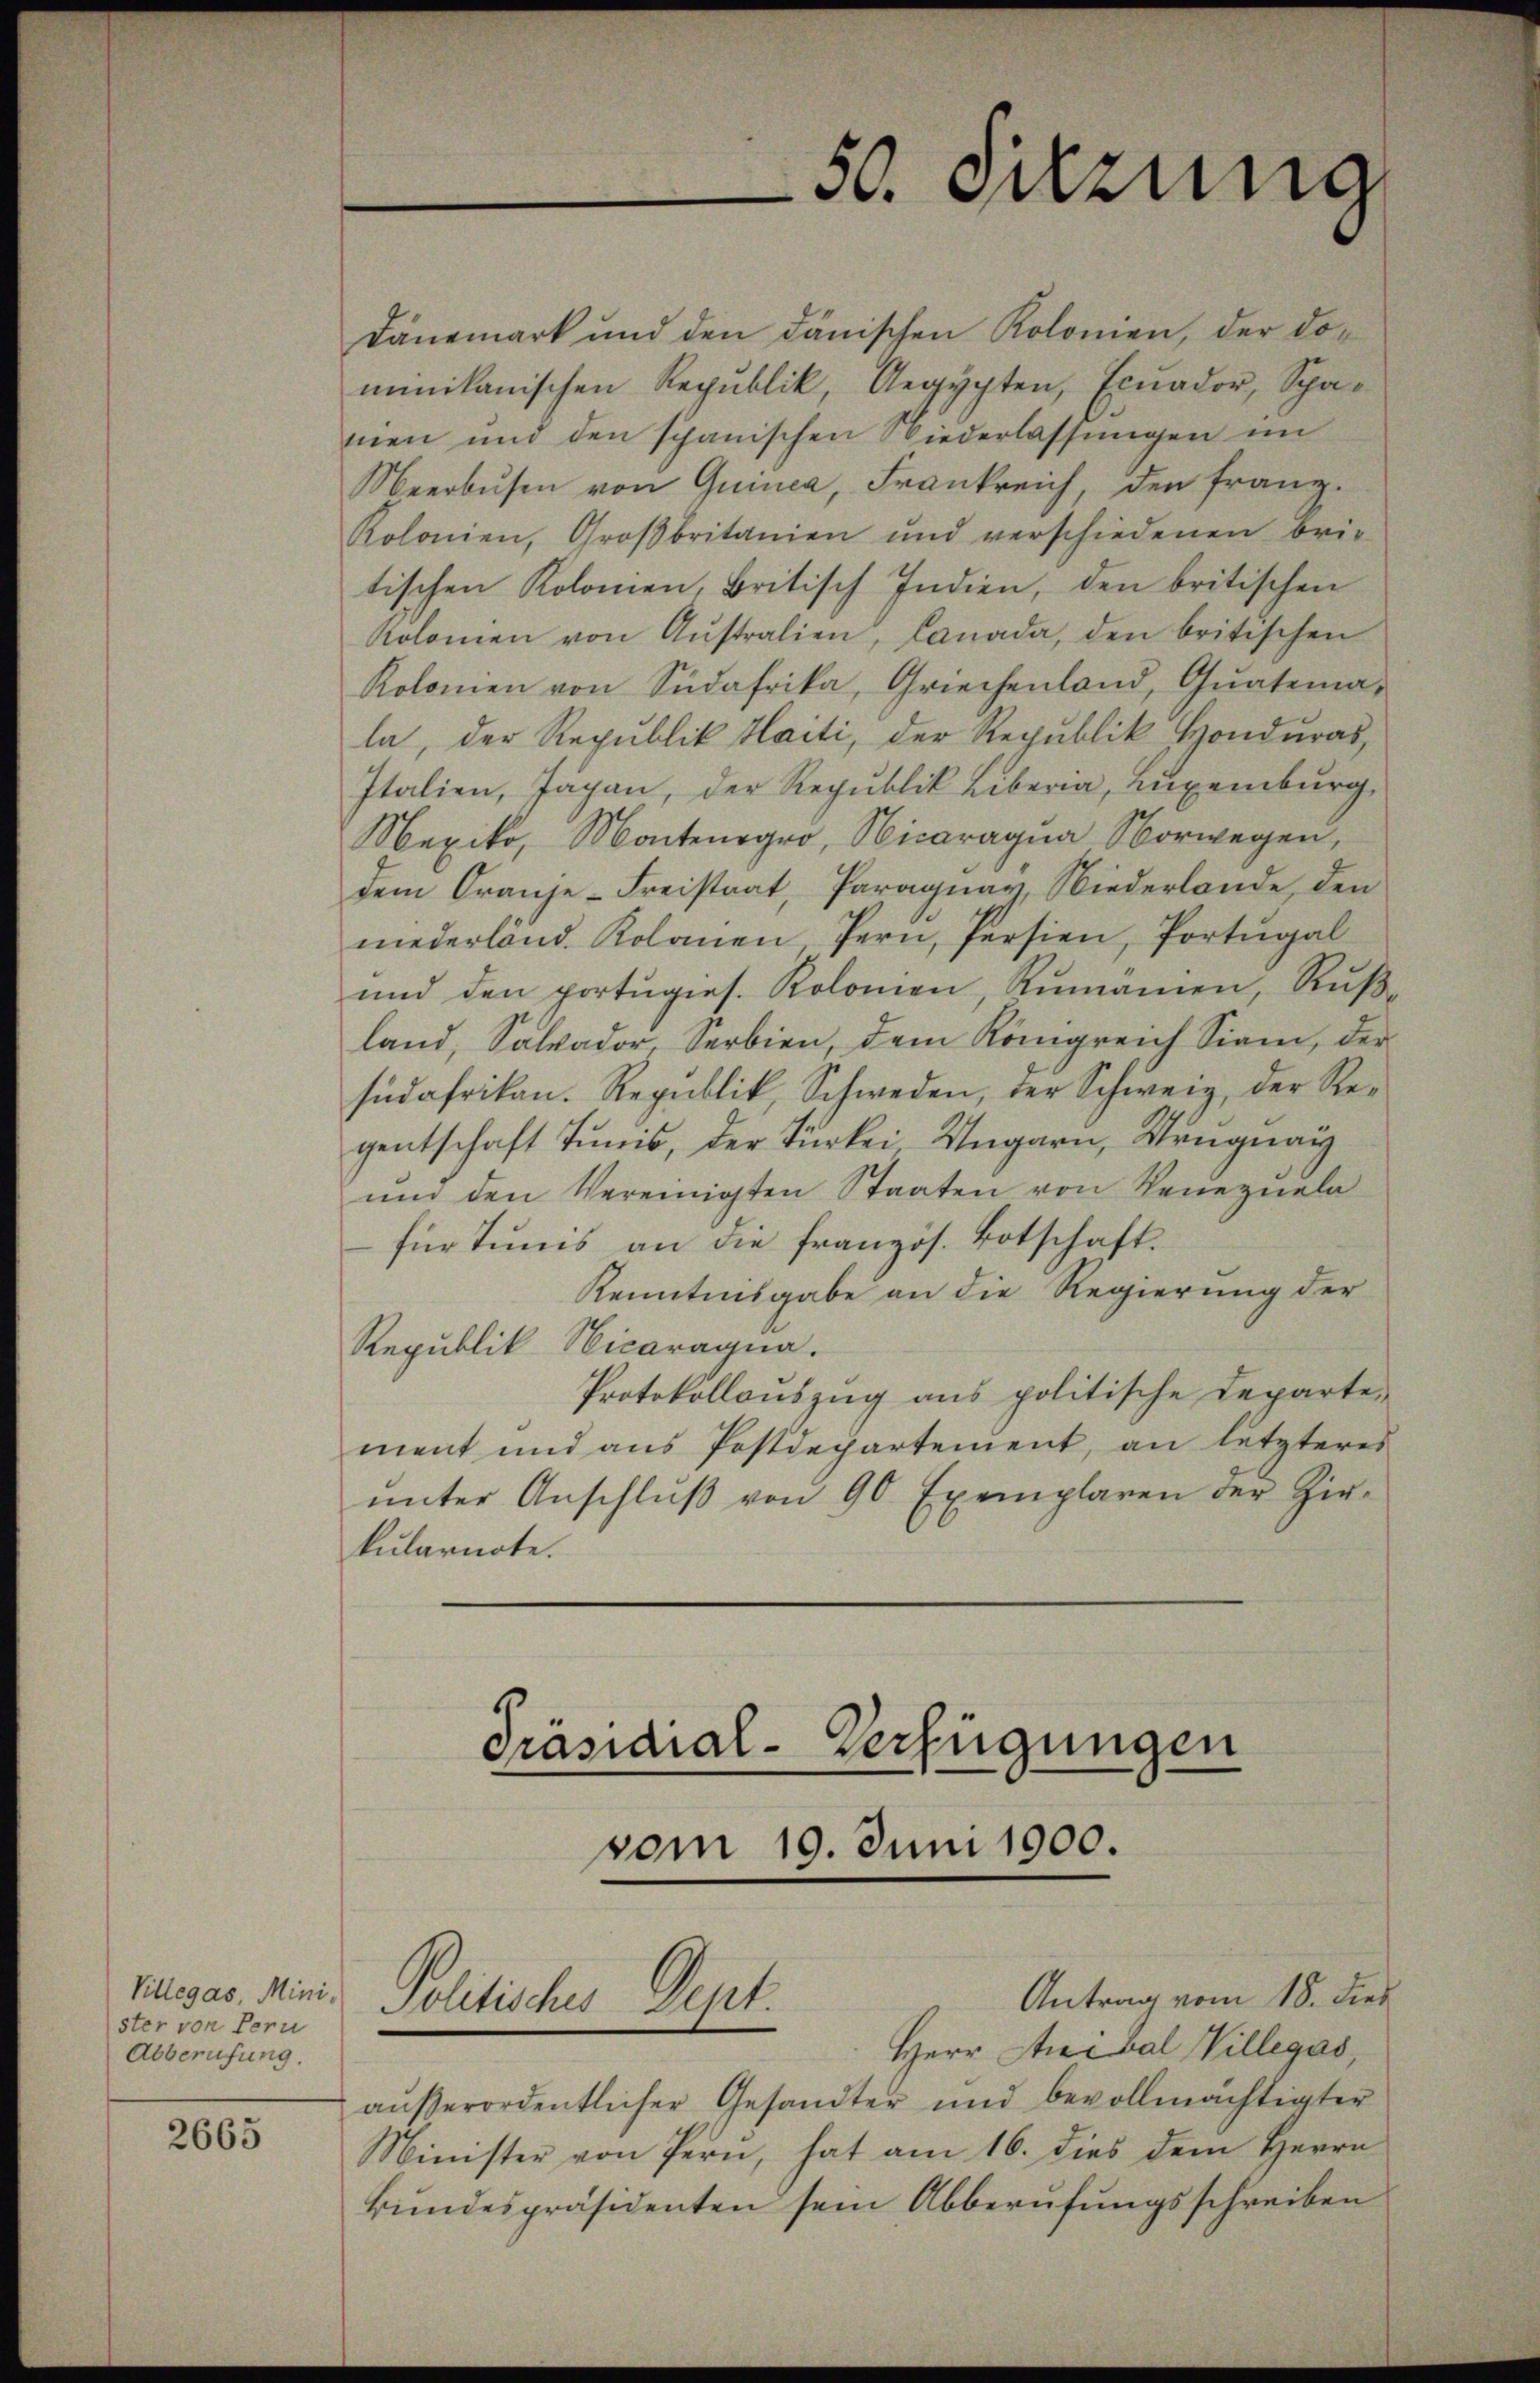
Villegas, Minister von Pern
Abberufung.

2665

Präsidial-Verfügungen
vom 19. Juni 1900.
Antrag vom 18. dies
Politisches Dept.

50. Jung

Dänemark und den dänischen Kolonien, der do-
minikanischen Republik, Aegypten, Exuador, Spanien und den schanischen Wiederlassŭngen im
Neerbusen von Quinca, Frankreich, den Franz.
Kolonien, Groβbritanien und verschiedenen Brie
tischen Kolomen, Britisch Indien, den britischen
Kolonien von Aŭstralien, Canada, den britischen
Kolonien von Südafrika, Griechenland, Qŭatema-
la, der Republik Haiti, der Republik Honduras,
Italien, Jagan, der Republik Liberia, Luxenburg,
Mexiko, Montenogro, Nicaragua Vorwegen,
dem Grauze-Freistaat, Paraguay, Niederlande, den
niederland. Kolonen Pern, Persien, Portugal
und den portŭgies. Kolomen, Rumänien, Rußland, Salvador Serbien, dem Königreich Siani, der
südafrikan. Republik, Schweden, der Schweiz, der Regentschaft Tunis, der Türkei Ungarn, Uruguay
ŭnd den Vereinigten Staaten von Venezuela
für Tunis an die französ. Botschaft.
Kenntnisgabe an die Regierung der
Republik Nicoragna.
Protokollauszug aus politische Departe-
ment und aus Postdepartement, an letzteres
ŭnter Anschlŭβ von 90 Exemplaren der Zir-
kularnote.

Herr Anibal Villegas,
aŭβerordentlicher Gesandter und bevollmächtigter
Minister von Pern, hat am 16. dies dem Herrn
kundespräsidenten sein Abberufungsschreiben